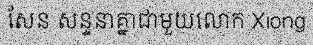
សែន សន្ទនាគ្នាជាមួយលោក Xiong